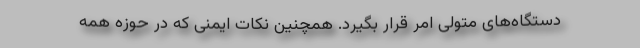
دستگاه‌های متولی امر قرار بگیرد. همچنین نکات ایمنی که در حوزه همه